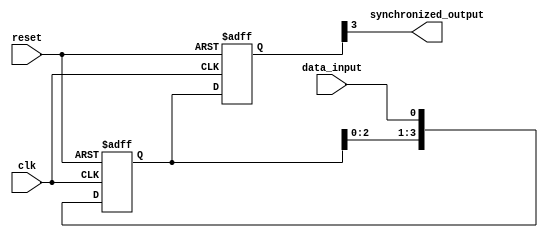
module four_flop_synchronizer (
    input wire clk,
    input wire reset,
    input wire data_input,
    output wire synchronized_output
);

reg [3:0] data;
reg [3:0] synchronized_data;

always @(posedge clk or posedge reset) begin
    if (reset) begin
        data <= 4'b0000;
    end else begin
        data <= {data[2:0], data_input};
    end
end

always @(posedge clk or posedge reset) begin
    if (reset) begin
        synchronized_data <= 4'b0000;
    end else begin
        synchronized_data <= data;
    end
end

assign synchronized_output = synchronized_data[3];

endmodule